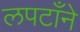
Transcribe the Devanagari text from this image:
लपटाँने